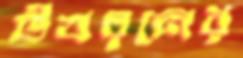
উত্তরনের